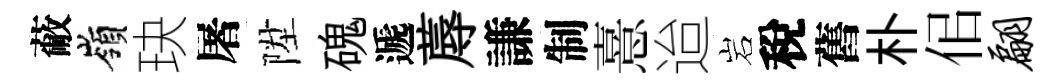
蔽嶺玦屠陞磈遞蓐謙制憙迨岩稅舊朴佀翩